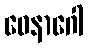
ဝေနာဂေါ